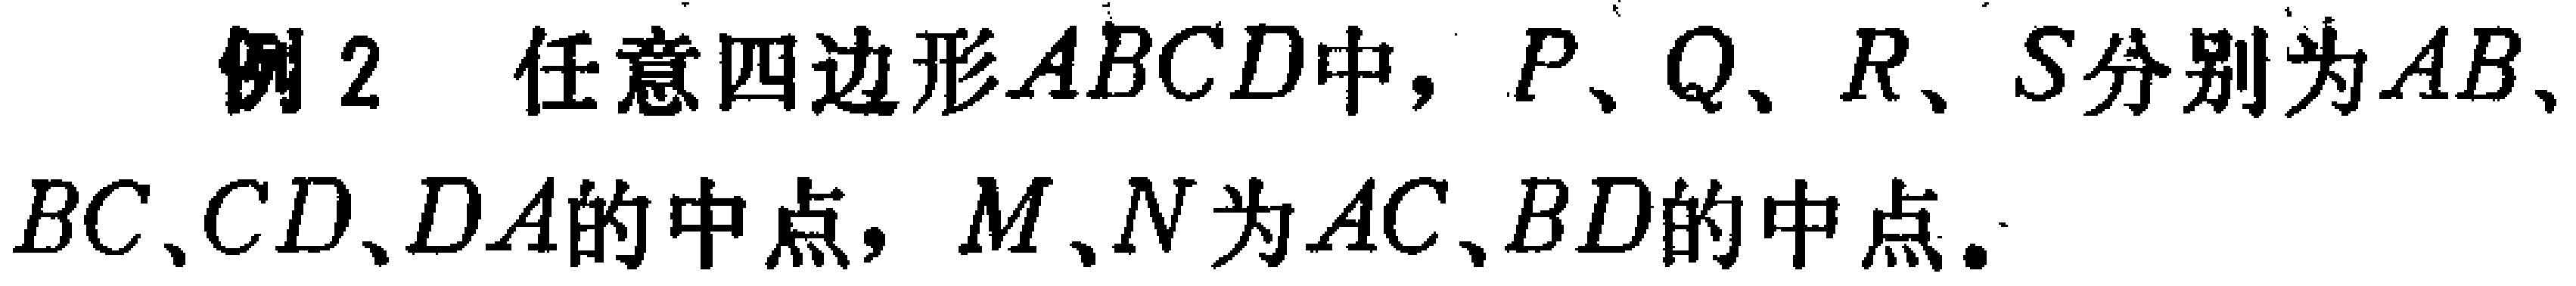
例2 任意四边形\(ABCD\)中，\(P、Q、R、S\)分别为\(AB、BC、CD、DA\)的中点，\(M、N\)为\(AC、BD\)的中点。